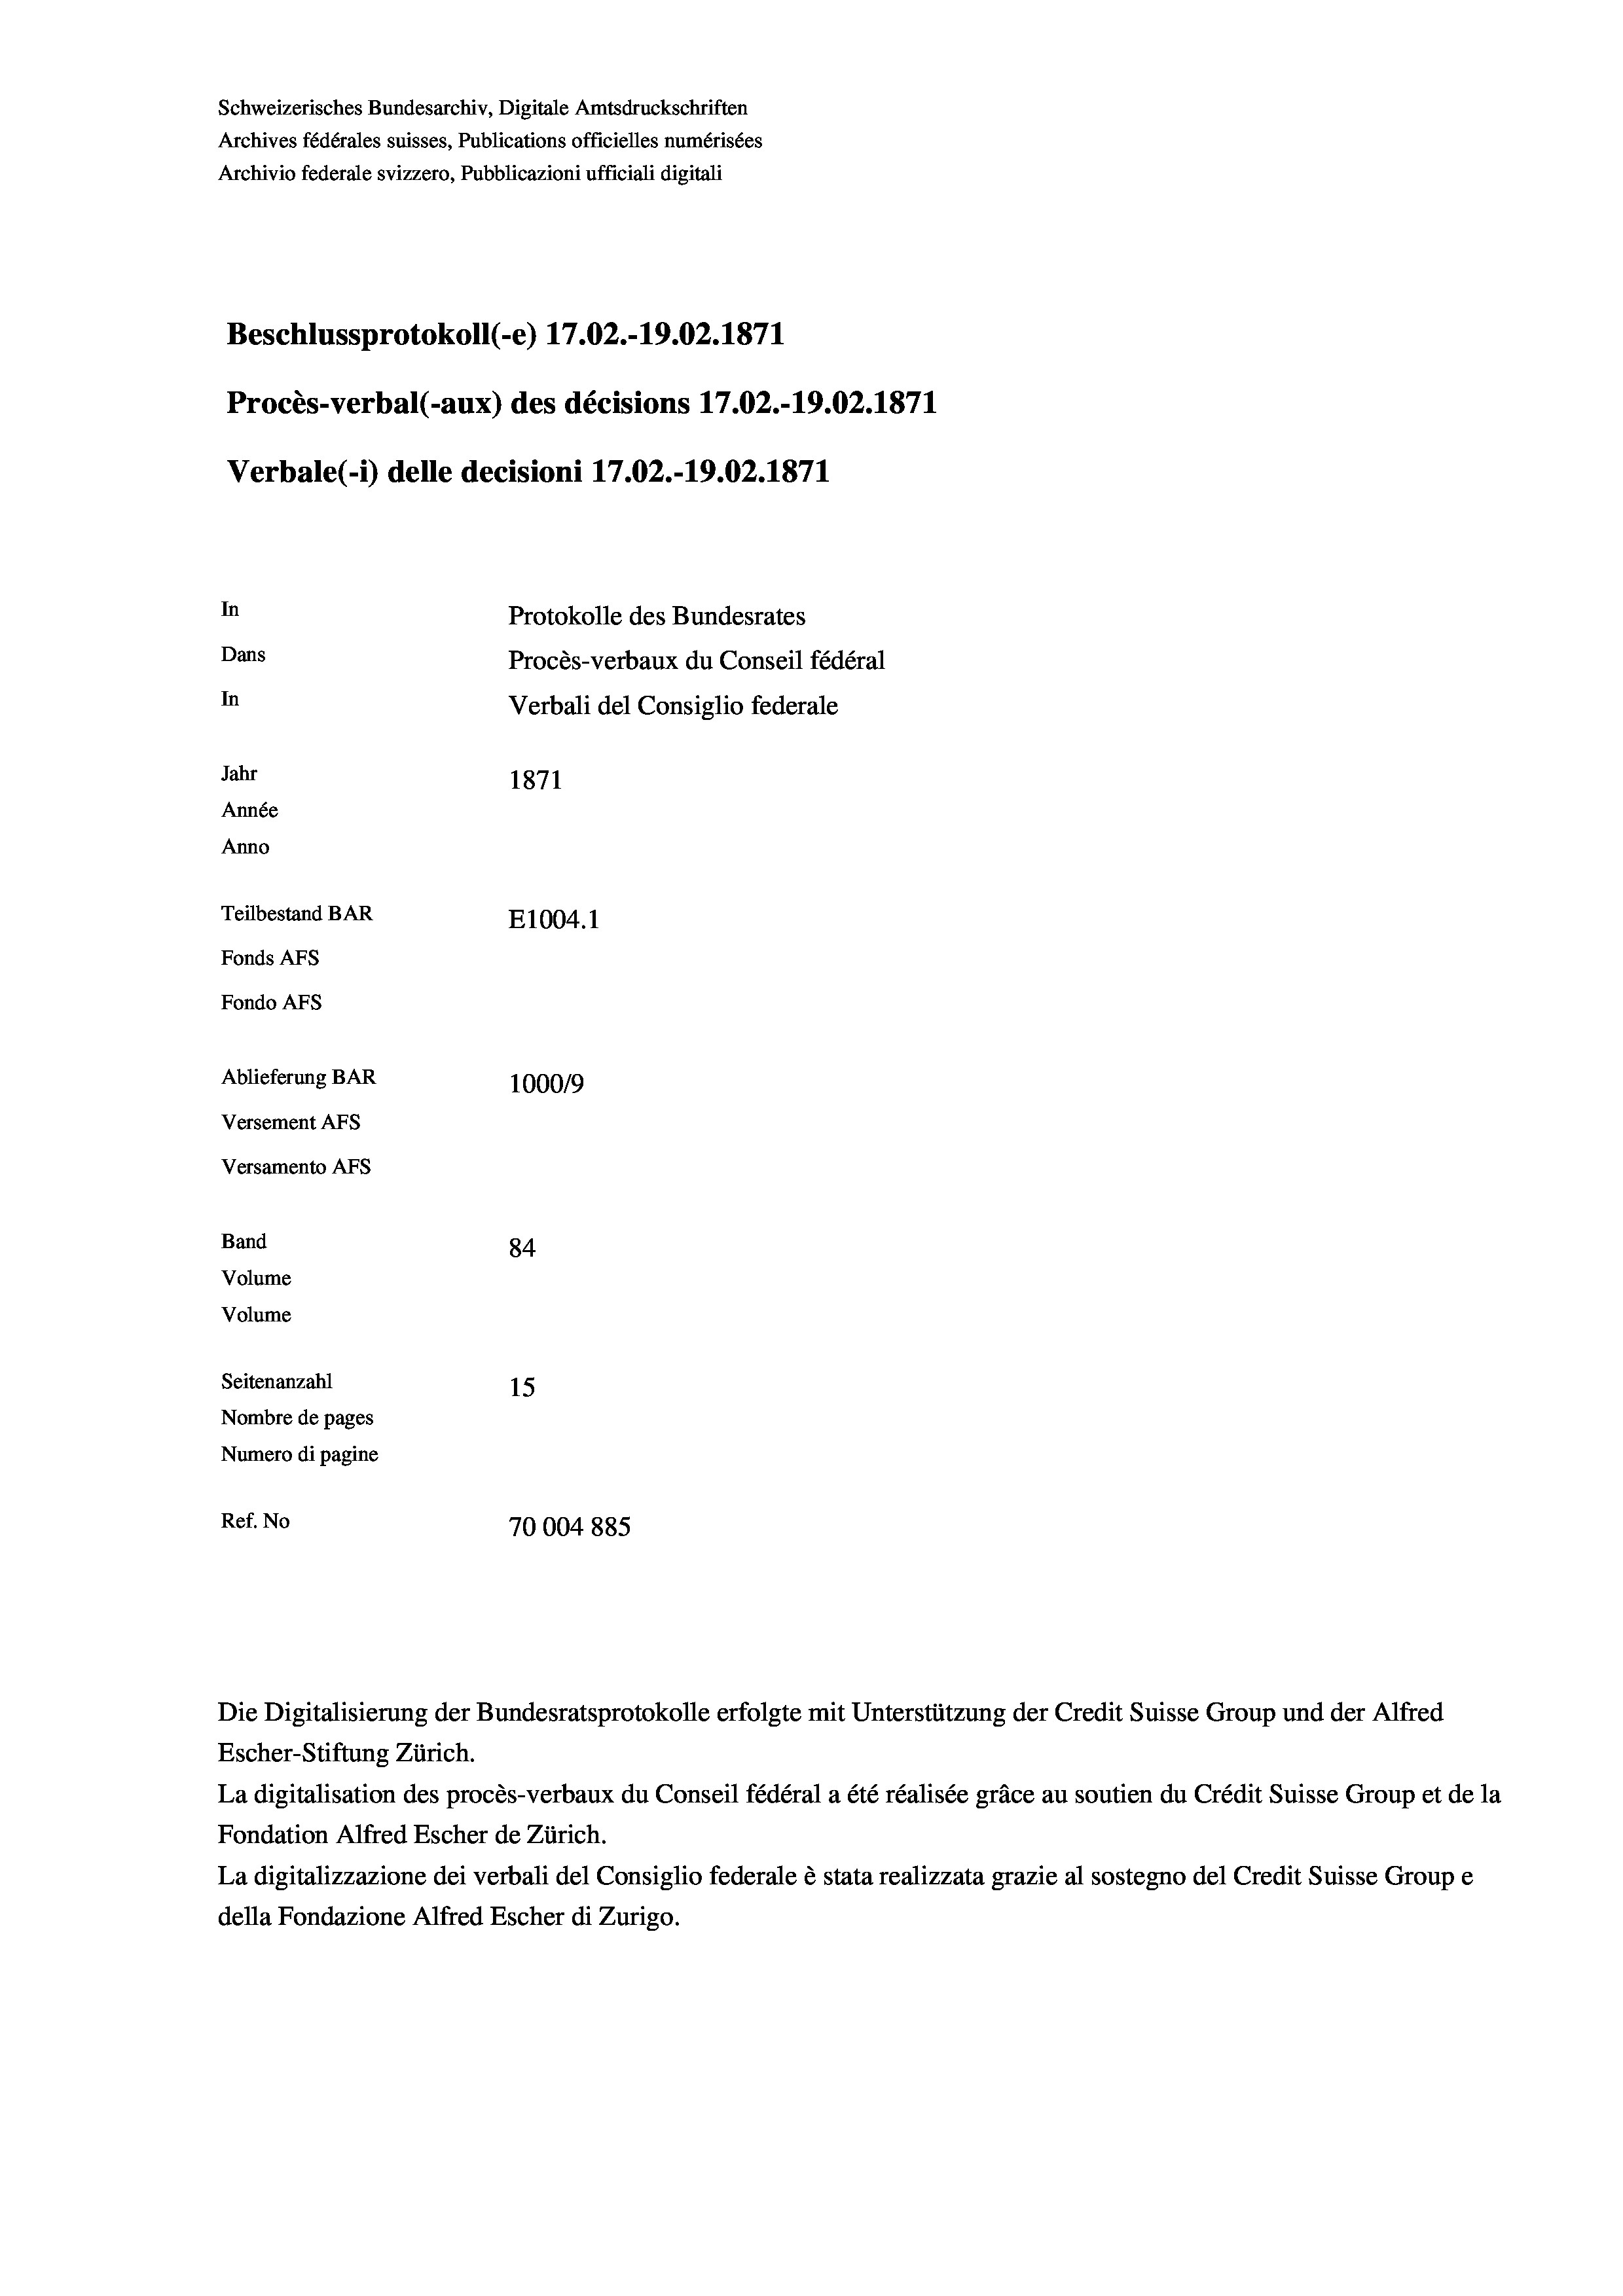
Schweizerisches Bundesarchiv, Digitale Amtsdruckschriften
Archives fédérales suisses, Publications officielles numérisées
Archivio federale svizzero, Pubblicazioni ufficiali digitali
Beschlussprotokoll (-e) 17.02.-19.02. 1871
Procès-verbal (-aux) des décisions 17.02.-19.02. 1871
Verbale(1) delle decisioni 17.02.-19.02. 1871
In
Protokolle des Bundesrates
Dans
Procès-verbaux du Conseil fédéral
In
Verbali del Consiglio federale
Jahr
1871
Année
Anno
Teilbestand BAR
E1004. 1
Fonds AFs
Fondo AFS
Ablieferung BAR
100019
Versement AFs
Versamento Afs
Band
84
Volume
Volume

Seitenanzahl
15
Nombre de pages
Numero di pagine
Ref. No
70004 885

Escher-Stiftung Zürich.
La digitalisation des procès-verbaux du Conseil fédéral a été réalisée gräce au soutien du Crédit Suisse Group et de la
Fondation Alfred Escher de Zürich.
La digitalizzazione dei verbali del Consiglio federale è stata realizzata grazie al sostegno del Credit Suisse Groupe
della Fondazione Alfred Escher di Zurigo.

Die Digitalisierung der Bundesratsprotokolle erfolgte mit Unterstützung der Credit Suisse Group und der Alfred